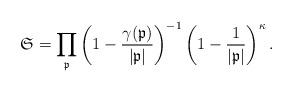
LaTeX: \begin{align*}\mathfrak{S} =\prod_{\mathfrak{p}} \left(1 - \frac{\gamma(\mathfrak{p})}{|\mathfrak{p}|} \right)^{-1}\left(1 - \frac{1}{|\mathfrak{p}|} \right)^\kappa.\end{align*}